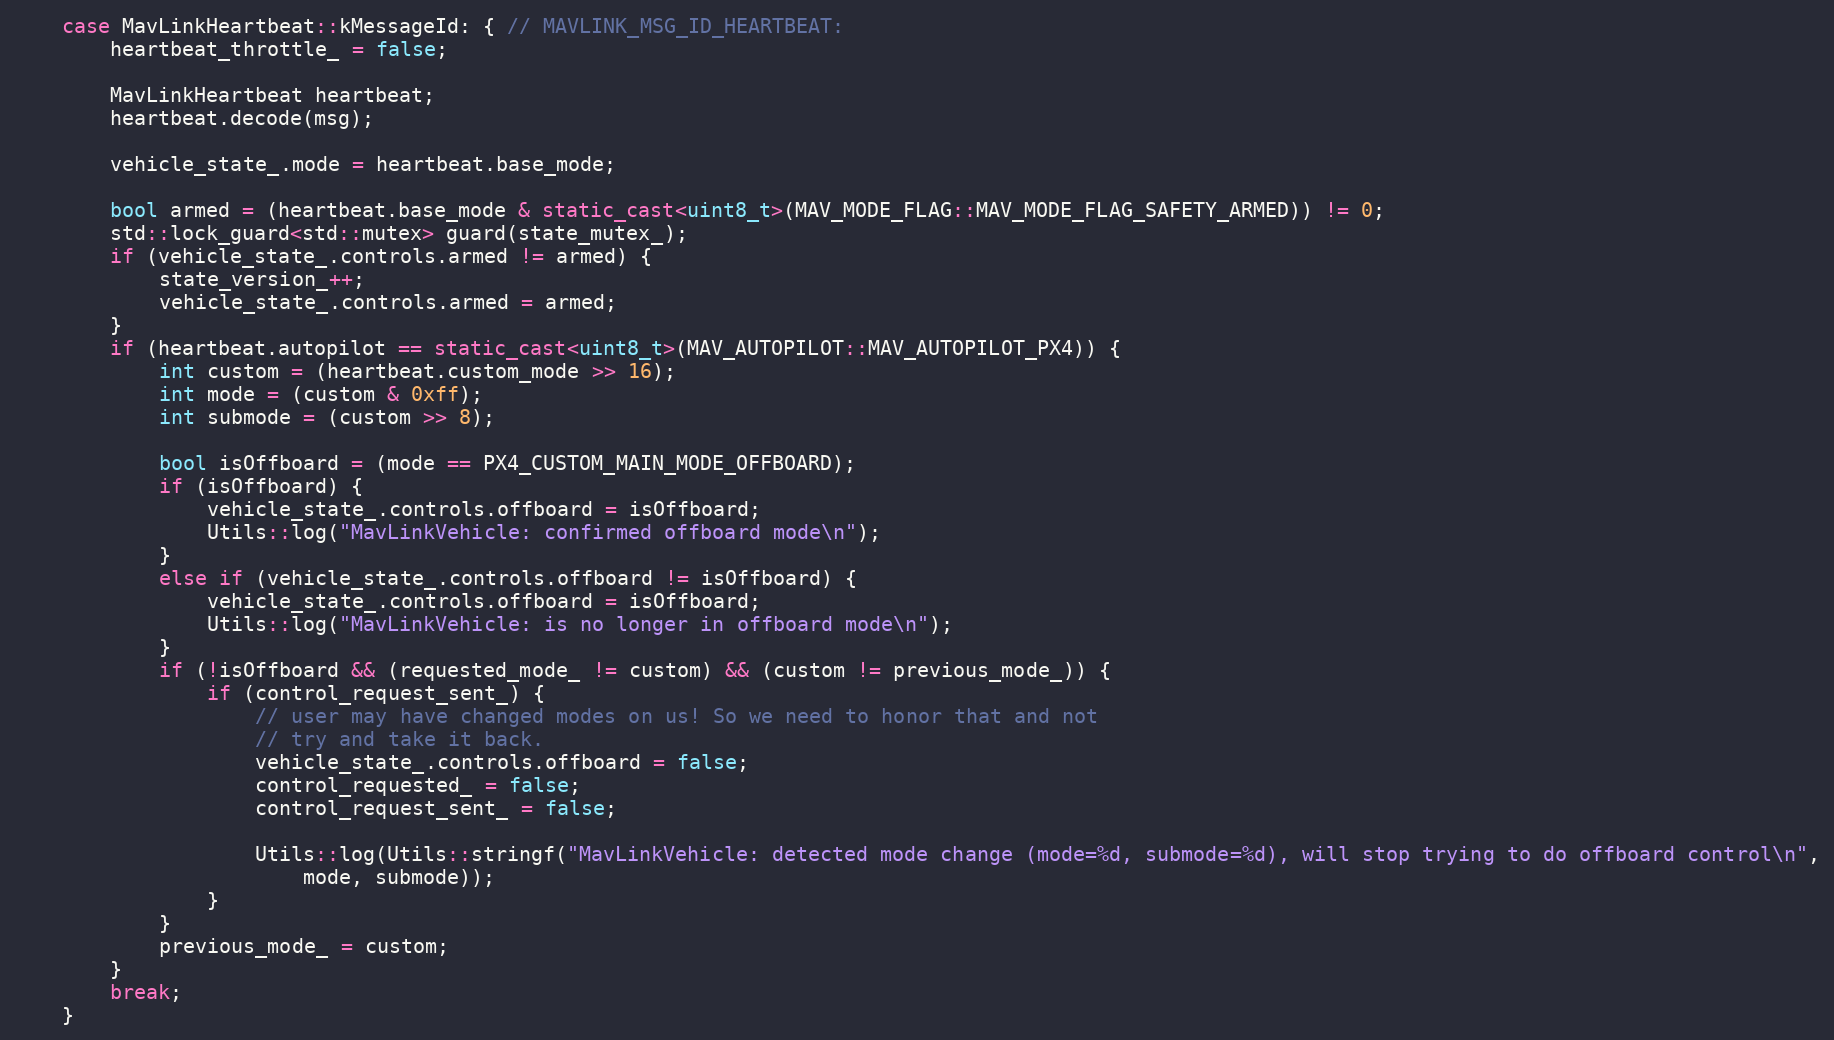
Language: C++
    case MavLinkHeartbeat::kMessageId: { // MAVLINK_MSG_ID_HEARTBEAT:
        heartbeat_throttle_ = false;

        MavLinkHeartbeat heartbeat;
        heartbeat.decode(msg);

        vehicle_state_.mode = heartbeat.base_mode;

        bool armed = (heartbeat.base_mode & static_cast<uint8_t>(MAV_MODE_FLAG::MAV_MODE_FLAG_SAFETY_ARMED)) != 0;
        std::lock_guard<std::mutex> guard(state_mutex_);
        if (vehicle_state_.controls.armed != armed) {
            state_version_++;
            vehicle_state_.controls.armed = armed;
        }
        if (heartbeat.autopilot == static_cast<uint8_t>(MAV_AUTOPILOT::MAV_AUTOPILOT_PX4)) {
            int custom = (heartbeat.custom_mode >> 16);
            int mode = (custom & 0xff);
            int submode = (custom >> 8);

            bool isOffboard = (mode == PX4_CUSTOM_MAIN_MODE_OFFBOARD);
            if (isOffboard) {
                vehicle_state_.controls.offboard = isOffboard;
                Utils::log("MavLinkVehicle: confirmed offboard mode\n");
            }
            else if (vehicle_state_.controls.offboard != isOffboard) {
                vehicle_state_.controls.offboard = isOffboard;
                Utils::log("MavLinkVehicle: is no longer in offboard mode\n");
            }
            if (!isOffboard && (requested_mode_ != custom) && (custom != previous_mode_)) {
                if (control_request_sent_) {
                    // user may have changed modes on us! So we need to honor that and not
                    // try and take it back.
                    vehicle_state_.controls.offboard = false;
                    control_requested_ = false;
                    control_request_sent_ = false;

                    Utils::log(Utils::stringf("MavLinkVehicle: detected mode change (mode=%d, submode=%d), will stop trying to do offboard control\n",
                        mode, submode));
                }
            }
            previous_mode_ = custom;
        }
        break;
    }